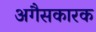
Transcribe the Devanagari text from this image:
अगैसकारक